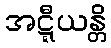
အဋ္ဋီယန္တိ